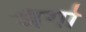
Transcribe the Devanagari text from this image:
जँगो